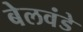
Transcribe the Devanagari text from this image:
बेलवंडे